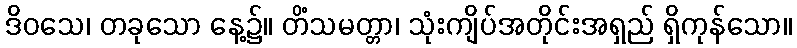
ဒိဝသေ၊ တခုသော နေ့၌။ တိံသမတ္တာ၊ သုံးကျိပ်အတိုင်းအရှည် ရှိကုန်သော။